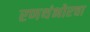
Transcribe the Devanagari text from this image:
रणथंभोरचा